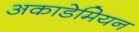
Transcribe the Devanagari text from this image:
अकाडेमियन